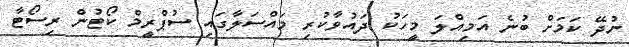
ނުދޭ ކަމަށް ބުނެ އަމިއްލަ މީހަކު ދައުވާކުރި މައްސަލާގައި ސުޕްރީމް ކޯޓުން ރިސޯޓާ